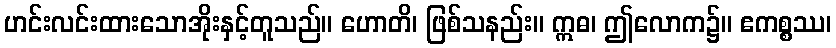
ဟင်းလင်းထားသောအိုးနှင့်တူသည်။ ဟောတိ၊ ဖြစ်သနည်း။ ဣဓ၊ ဤလောက၌။ ဧကစ္စဿ၊